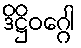
ဒိဋ္ဌိဝဂ္ဂေါ